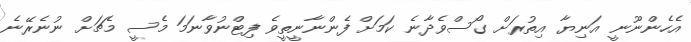
އެހެންނޫނީ އަނިޔާ އިތުރަށް ގޯސްވެދާނެ ކަމަށް ފެންނާނީތީވެ ފިޓްނުވާނަމަ މެސީ މެޗަށް ނުނެރޭނެ